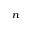
_ { n }